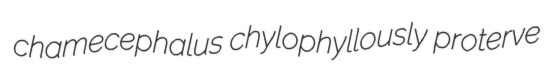
chamecephalus chylophyllously proterve